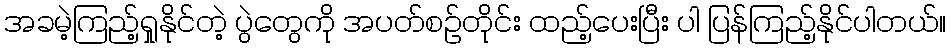
အခမဲ့ကြည့်ရှုနိုင်တဲ့ ပွဲတွေကို အပတ်စဉ်တိုင်း ထည့်ပေးပြီး ပါ ပြန်ကြည့်နိုင်ပါတယ်။